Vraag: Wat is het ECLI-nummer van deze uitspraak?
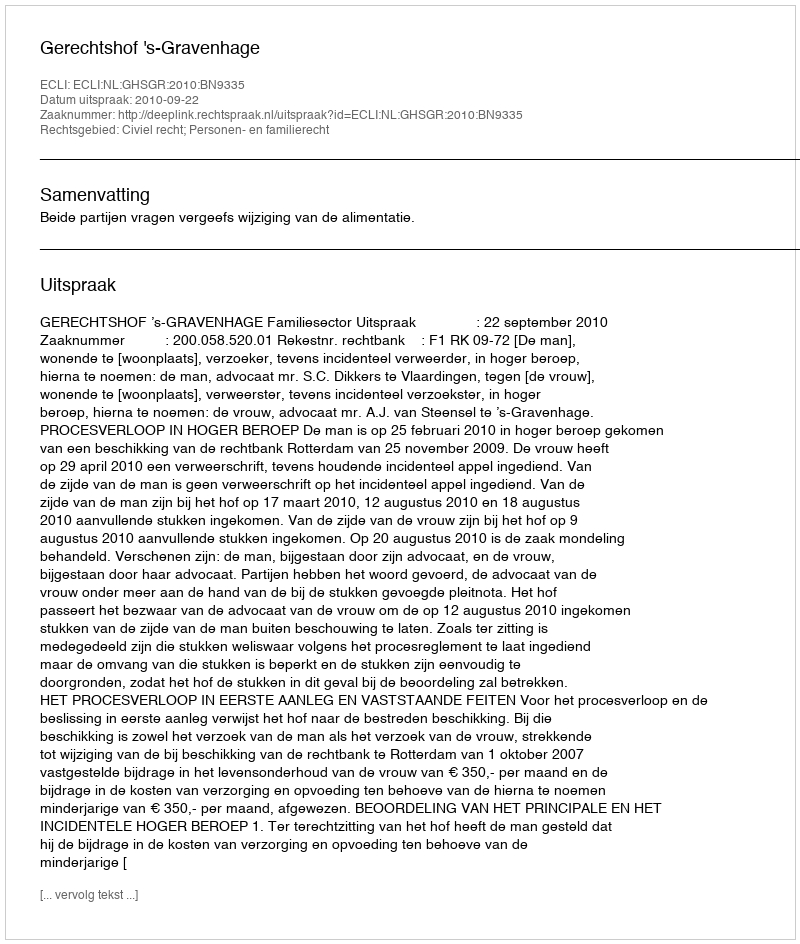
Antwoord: ECLI:NL:GHSGR:2010:BN9335